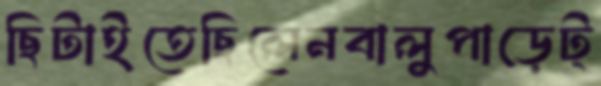
ছিটাইতেছিলেনবালুপাড়েট্